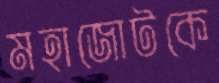
মহাজোটকে